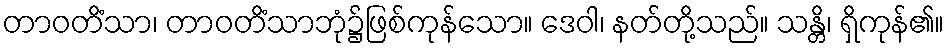
တာဝတိံသာ၊ တာဝတိံသာဘုံ၌ဖြစ်ကုန်သော။ ဒေဝါ၊ နတ်တို့သည်။ သန္တိ၊ ရှိကုန်၏။